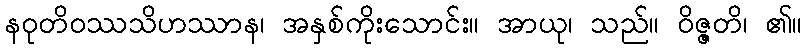
နဝုတိဝဿသိဟဿာန၊ အနှစ်ကိုးသောင်း။ အာယု၊ သည်။ ဝိဇ္ဇတိ၊ ၏။